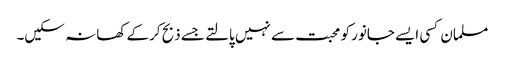
مسلمان کسی ایسے جانور کو محبت سے نہیں پالتے جسے ذبح کرکے کھا نہ سکیں۔